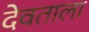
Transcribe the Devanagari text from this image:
देवताला